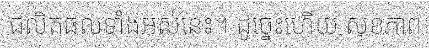
ផលិតផលទាំងអស់នេះ។ ដូច្នេះហើយ សុខភាព